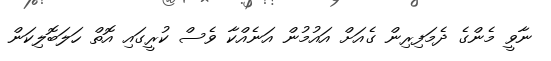
ނާވީ މެންގެ ދެމަފިރިން ގެއަށް އައުމުން އަނެއްކާ ވެސް ކުރީގައި އޮތް ހަލަބޮލިކަން